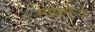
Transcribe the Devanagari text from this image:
माइनेरो